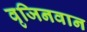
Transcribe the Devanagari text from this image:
वृजिनवान